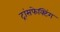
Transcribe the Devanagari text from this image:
ट्रांसफेक्टिंग